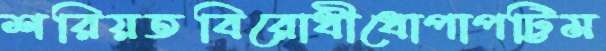
শরিয়তবিরোধীধোপাপট্টিম